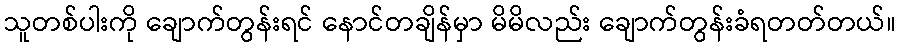
သူတစ်ပါးကို ချောက်တွန်းရင် နောင်တချိန်မှာ မိမိလည်း ချောက်တွန်းခံရတတ်တယ်။